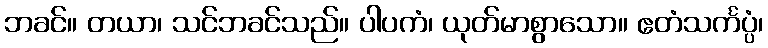
ဘခင်။ တယာ၊ သင်ဘခင်သည်။ ပါပကံ၊ ယုတ်မာစွာသော။ ဧတံသင်္ကပ္ပံ၊